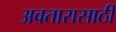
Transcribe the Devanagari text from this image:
अवतारासाठी